Malaria in India - Number 2
Disease focus: Malaria
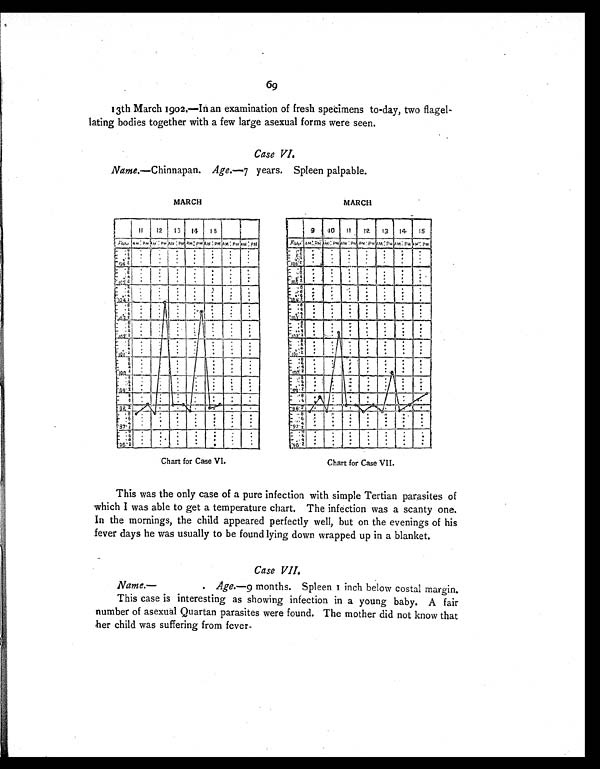
MARCH
MARCH
Chart for Case VI.
Chart for Case VII.
69
13th March 1902.—In an examination of fresh specimens to-day, two flagel-
lating bodies together with a few large asexual forms were seen.
Case VI.
Name.—Chinnapan. Age.—7 years. Spleen palpable.
This was the only case of a pure infection with simple Tertian parasites of
which I was able to get a temperature chart. The infection was a scanty one.
In the mornings, the child appeared perfectly well, but on the evenings of his
fever days he was usually to be found lying down wrapped up in a blanket.
Case VII.
Name.—
. Age.—9 months. Spleen 1 inch below costal margin.
This case is interesting as showing infection in a young baby. A fair
number of asexual Quartan parasites were found. The mother did not know that
her child was suffering from fever
.
ti